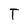
Character: T